Document type: Sale
Year: 1440
Scribe: Pere Pau Pujades
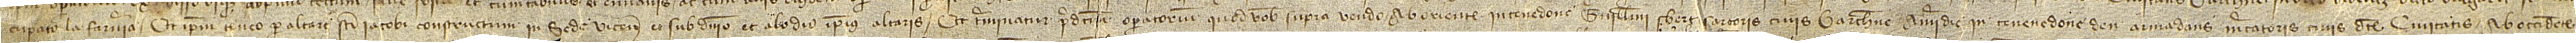
cupato la Farneria, et ipsum teneo pro altare Sancti Iacobi constructum in Sede Vicensis ac sub dominio et alodio ipsius altaris. Et terminatut predictum operatorium quod vobis supra vendo ab oriente in tenedone Guillelmi Sbert, sartoris, civis Barchinone; a meridie in tenedone d’en Armadans, mercatoris, civis dicte civitatis; ab occidente